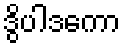
ဒွိပါဒကော